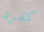
كفرد